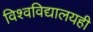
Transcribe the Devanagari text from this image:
विश्वविद्यालयही